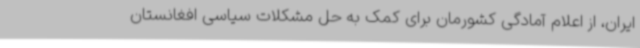
ایران، از اعلام آمادگی کشورمان برای کمک به حل مشکلات سیاسی افغانستان